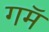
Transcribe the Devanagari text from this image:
गमॅ